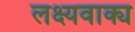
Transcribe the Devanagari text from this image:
लक्ष्यवाक्य